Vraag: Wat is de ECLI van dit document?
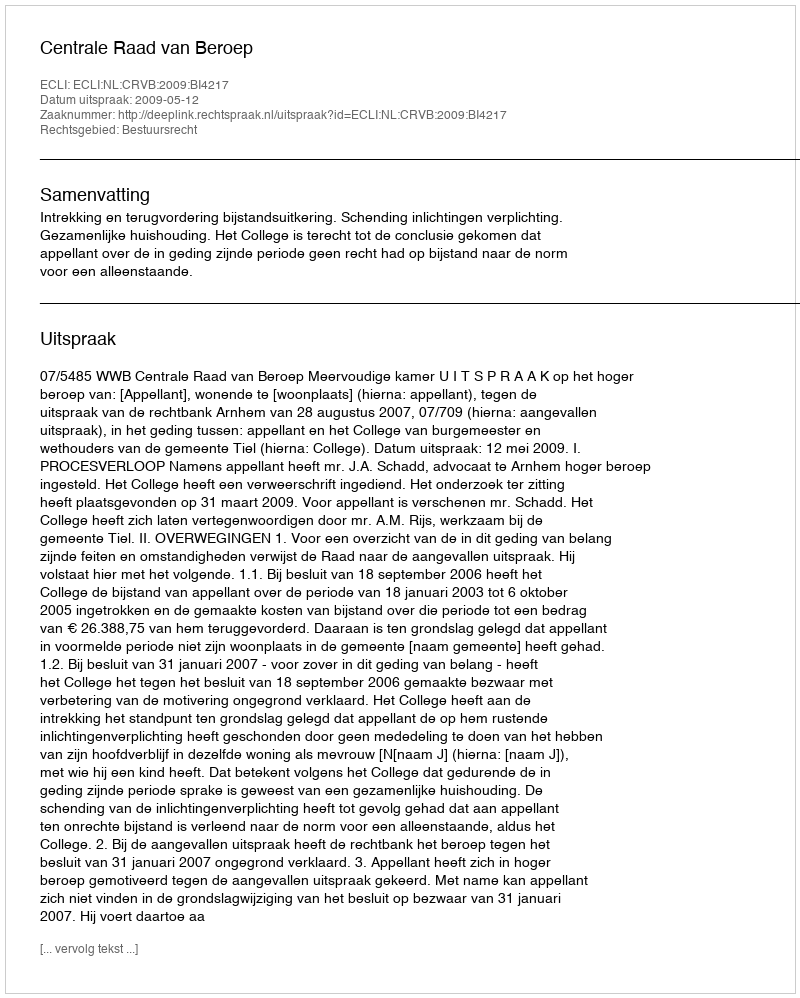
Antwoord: ECLI:NL:CRVB:2009:BI4217